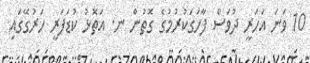
10 ވަނަ އަހަރީ ދުވަސް ފާހަގަކުރުމުގެ ގޮތުން ނ. އަތޮޅު ކުޑަފަރީ ހަރުގޭގައި